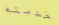
خدمته